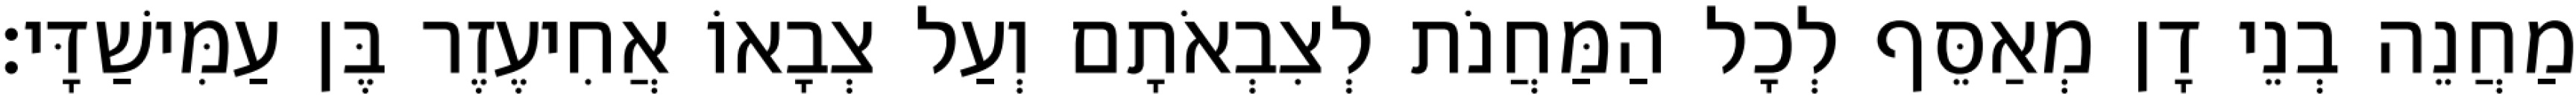
מַחֲנֵה בְנֵי דָן מְאַסֵּף לְכָל הַמַּחֲנֹת לְצִבְאֹתָם וְעַל צְבָאוֹ אֲחִיעֶזֶר בֶּן עַמִּישַׁדָּי׃